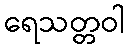
ရေသတ္တဝါ